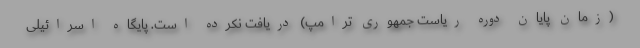
(زمان پایان دوره ریاست جمهوری ترامپ) دریافت نکرده است. پایگاه اسرائیلی